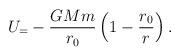
LaTeX: \begin{align*}U_=-\frac{GMm}{r_0}\left(1-\frac{r_0}{r}\right).\end{align*}